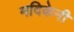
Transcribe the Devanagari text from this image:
मदिकेनी